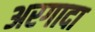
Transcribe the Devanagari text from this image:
अरगादा